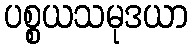
ပစ္စယသမုဒယာ